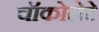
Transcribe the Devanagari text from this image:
चॉकोलेटे